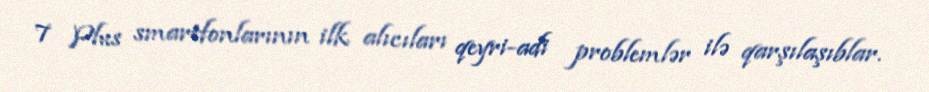
7 Plus smartfonlarının ilk alıcıları qeyri-adi problemlər ilə qarşılaşıblar.